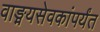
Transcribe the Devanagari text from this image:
वाङ्मयसेवकांपर्यंत